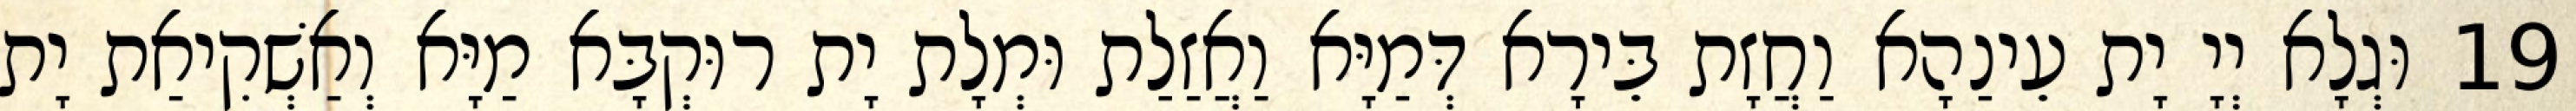
19 וּגְלָא יְיָ יָת עֵינַהָא וַחֲזָת בֵּירָא דְּמַיָּא וַאֲזַלַת וּמְלָת יָת רוּקְבָּא מַיָּא וְאַשְׁקִיאַת יָת